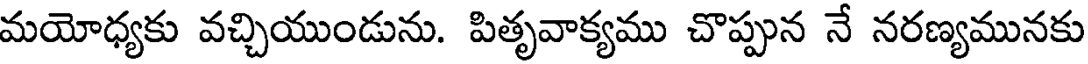
మయోధ్యకు వచ్చియుండును. పితృవాక్యము చొప్పున నే నరణ్యమునకు